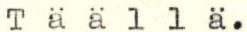
Täällä.